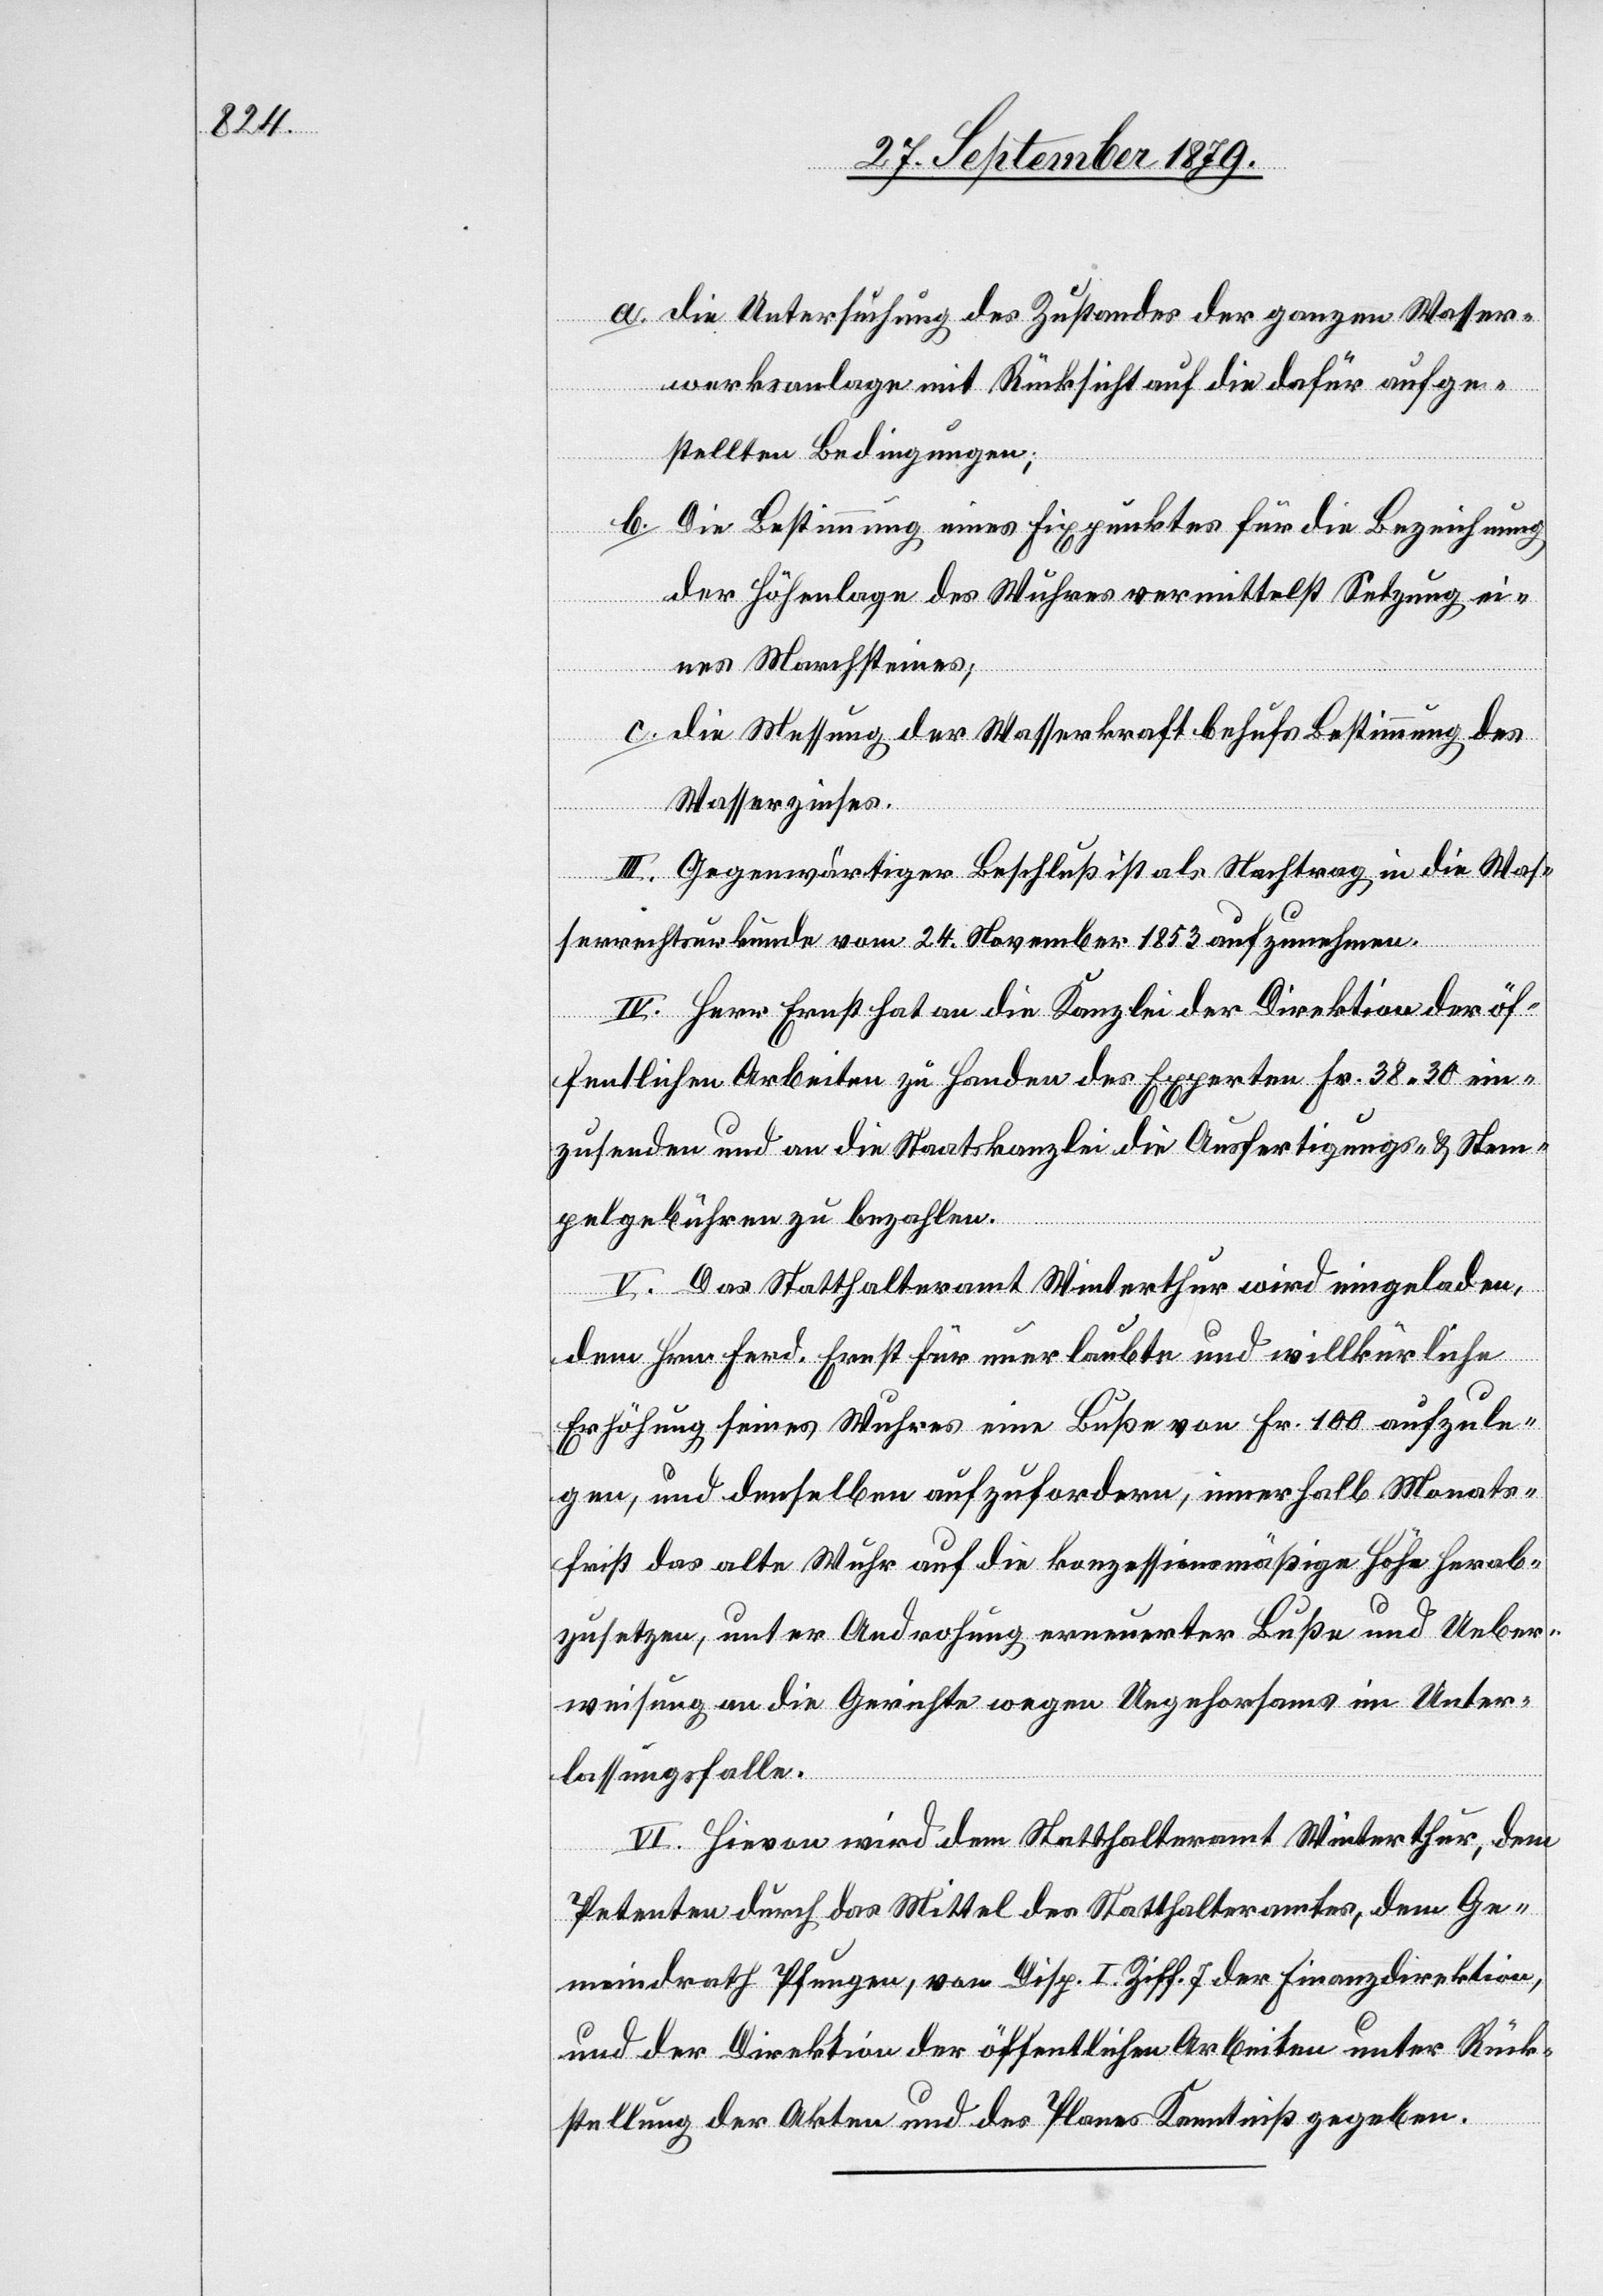
a. die Untersuchung des Zustandes der ganzen Wasser¬
werksanlage mit Rücksicht auf die dafür aufge¬
stellten Bedingungen;
b. Die Bestimmung eines Fixpunktes für die Bezeichnung
der Höhenlage des Wuhres vermittelst Setzung ei¬
nes Marchsteines;
c. die Messung der Wasserkraft behufs Bestimmung des
Wasserzinses.
III. Gegenwärtiger Beschluß ist als Nachtrag in die Was¬
serrechtsurkunde vom 24. November 1853 aufzunehmen.
IV. Herr Ernst hat an die Kanzlei der Direktion der öf¬
fentlichen Arbeiten zu Handen des Experten Fr. 38 30 ein¬
zusenden und an die Staatskanzlei die Ausfertigungs- und Stem¬
pelgebühren zu bezahlen.
V. Das Statthalteramt Winterthur wird eingeladen,
dem Hrn. Ferd. Ernst für unerlaubte und willkürliche
Erhöhung seines Wuhres eine Buße von Fr. 100 aufzule¬
gen, und denselben aufzufordern, innerhalb Monats¬
frist das alte Wuhr auf die konzessionsmäßige Höhe herab¬
zusetzen, unter Androhung erneuerter Buße und Ueber¬
weisung an die Gerichte wegen Ungehorsams im Unter¬
lassungsfalle.
VI. Hievon wird dem Statthalteramt Winterthur, dem
Petenten durch das Mittel des Statthalteramtes, dem Ge¬
meindrath Pfungen, von Disp. I. Ziff. 7 der Finanzdirektion,
und der Direktion der öffentlichen Arbeiten unter Rück¬
stellung der Akten und des Planes Kenntniß gegeben.